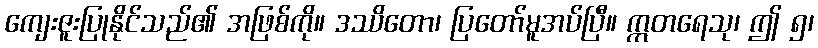
ကျေးဇူးပြုနိုင်သည်၏ အဖြစ်ကို။ ဒဿိတော၊ ပြတော်မူအပ်ပြီ။ ဣတရေသု၊ ဤ ၅၊